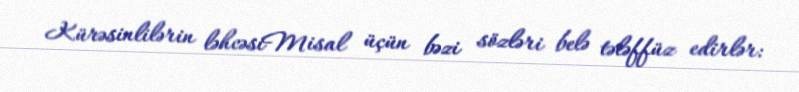
Kürəsinlilərin ləhcəsiMisal üçün bəzi sözləri belə tələffüz edirlər: